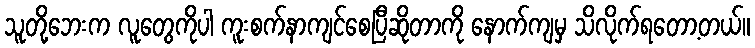
သူတို့ဘေးက လူတွေကိုပါ ကူးစက်နာကျင်စေပြီဆိုတာကို နောက်ကျမှ သိလိုက်ရတော့တယ်။